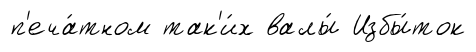
п'еча́тном так'и́х валы́ Избы́ток